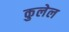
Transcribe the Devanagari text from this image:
कुलेल